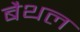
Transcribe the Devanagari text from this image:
बैथल